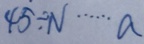
4 5 \div N \cdots a